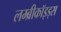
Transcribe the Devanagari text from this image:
लम्ब्रीकॉइड्स